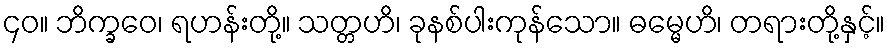
၄၀။ ဘိက္ခဝေ၊ ရဟန်းတို့။ သတ္တဟိ၊ ခုနစ်ပါးကုန်သော။ ဓမ္မေဟိ၊ တရားတို့နှင့်။